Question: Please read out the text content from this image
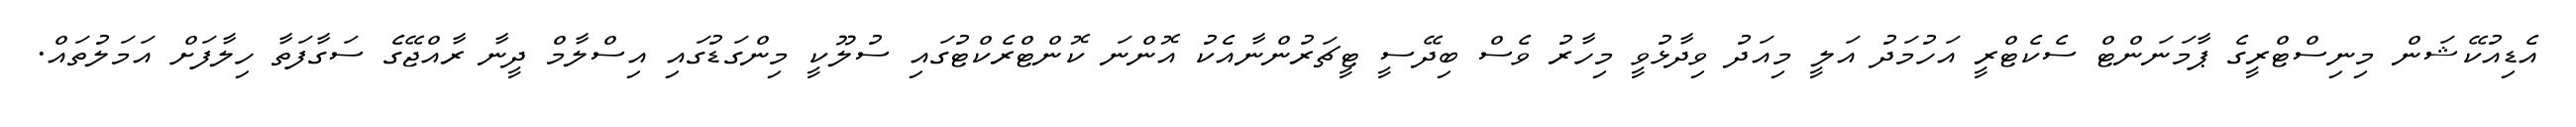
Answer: އެޑިއުކޭޝަން މިނިސްޓްރީގެ ޕާމަނަންޓް ސެކެޓްރީ އަހުމަދު އަލީ މިއަދު ވިދާޅުވީ މިހާރު ވެސް ބިދޭސީ ޓީޗަރުންނާއެކު އޮންނަ ކޮންޓްރެކްޓުގައި ސުލޫކީ މިންގަޑުގައި އިސްލާމް ދީނާ ރާއްޖޭގެ ސަގާފަތާ ހިލާފަށް އަމަލުތައް.